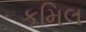
કમિલ